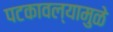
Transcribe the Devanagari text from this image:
पटकावल्यामुळे